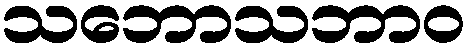
သဘောသဘာဝ